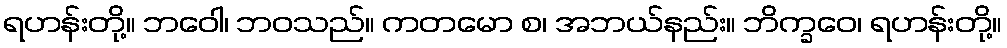
ရဟန်းတို့။ ဘဝေါ၊ ဘဝသည်။ ကတမော စ၊ အဘယ်နည်း။ ဘိက္ခဝေ၊ ရဟန်းတို့။